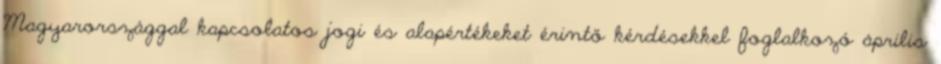
Magyarországgal kapcsolatos jogi és alapértékeket érintő kérdésekkel foglalkozó április